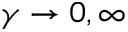
\gamma \to 0 , \infty